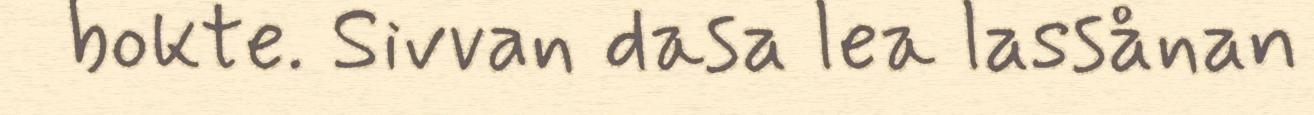
bokte. Sivvan dasa lea lassånan